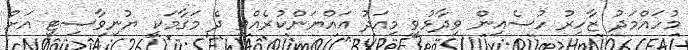
މުހައްމަދު ޒާހިރު ހުސެއިން ވިދާޅުވީ މިއަދު އައްޔަންކުރެއްވި ދެ މަގާމަކީ ޔުނިވާސިޓީ އަށް